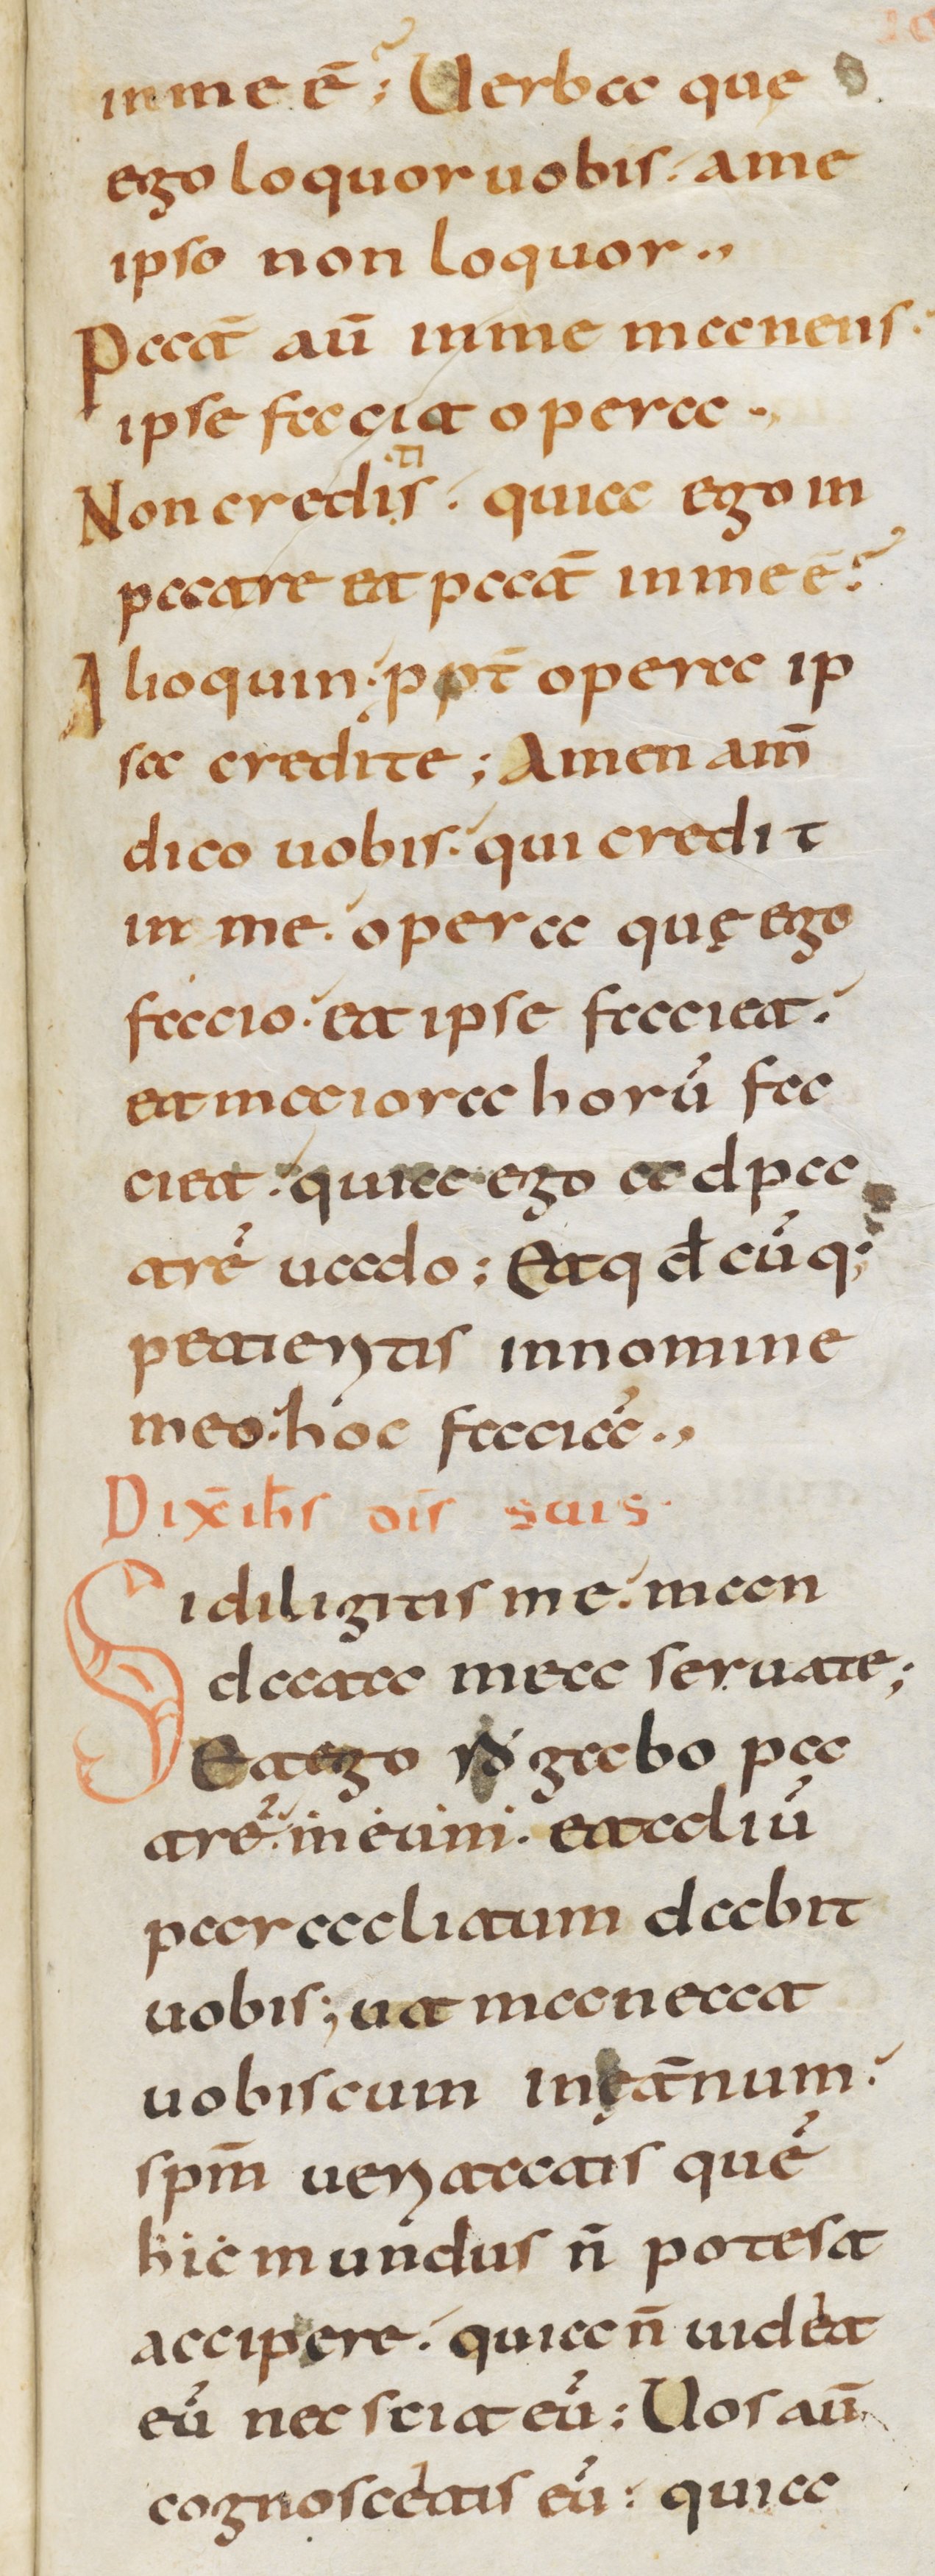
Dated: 800–1399